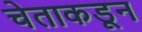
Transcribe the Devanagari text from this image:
चेताकडून